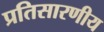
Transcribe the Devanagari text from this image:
प्रतिसारणीय